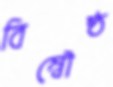
বিম্বৌষ্ঠ